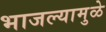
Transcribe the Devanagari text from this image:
भाजल्यामुळे